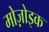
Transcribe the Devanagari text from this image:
मोज़ोइक